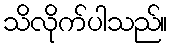
သိလိုက်ပါသည်။